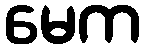
မေက